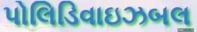
પોલિડિવાઇઝબલ